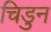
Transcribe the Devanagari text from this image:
चिडुन